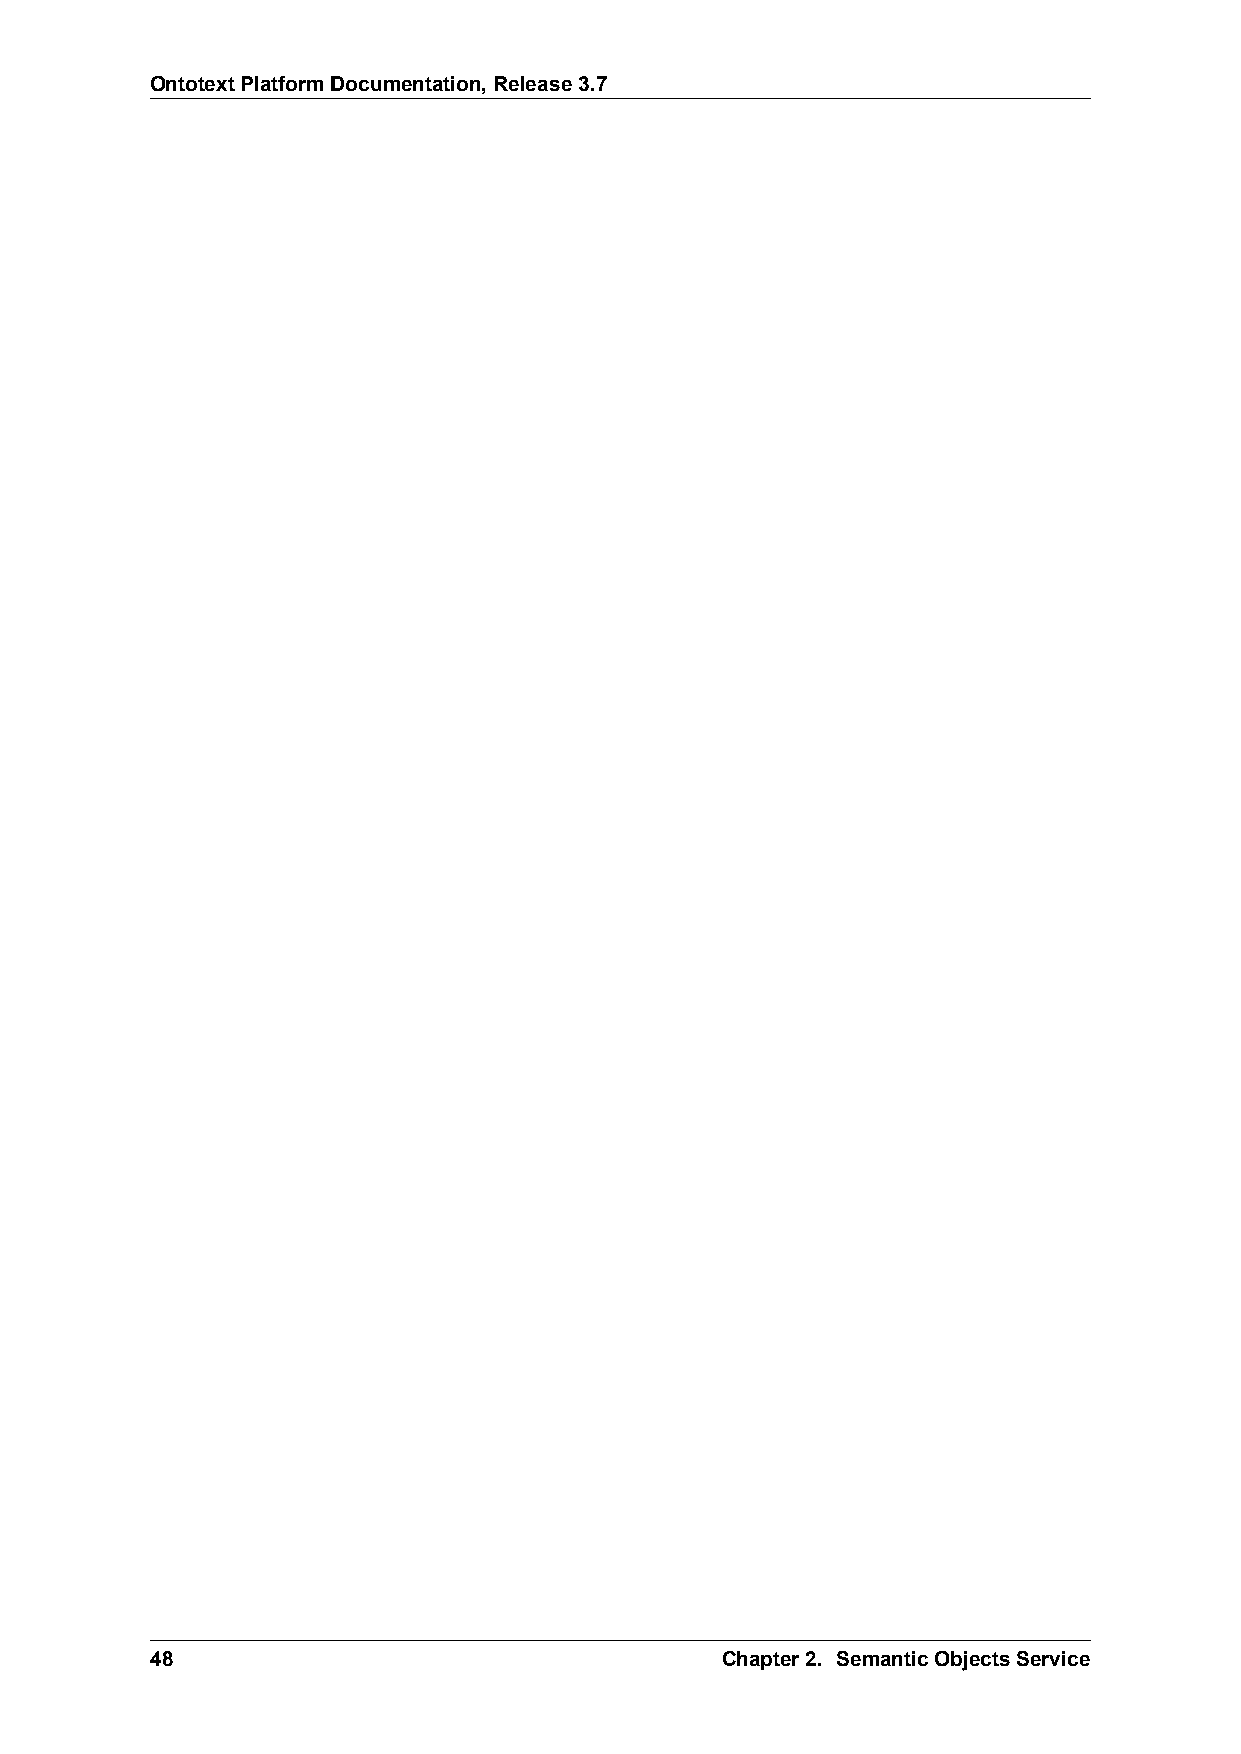
OntotextPlatformDocumentation,Release3.7
 48                                    Chapter2. SemanticObjectsService